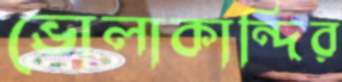
ভোলাকান্দির